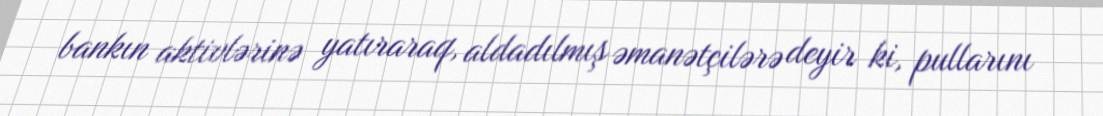
bankın aktivlərinə yatıraraq, aldadılmış əmanətçilərə deyir ki, pullarını